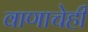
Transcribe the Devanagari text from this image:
वाणाचेही